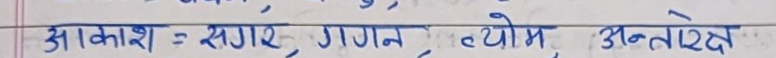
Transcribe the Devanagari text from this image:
आकाश = नभ, गगन, व्योम, अंतरिक्ष